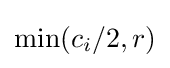
\min(c_{i}/2,r)